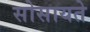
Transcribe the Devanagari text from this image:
सोसायते